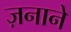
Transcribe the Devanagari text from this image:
ज़नाने